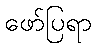
ဖော်ပြရာ